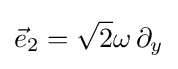
{\vec {e}}_{2}={\sqrt {2}}\omega \,\partial _{y}